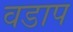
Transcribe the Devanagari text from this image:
वडाप